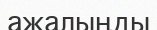
ажалыңды